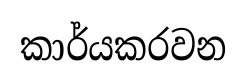
කාර්යකරවන